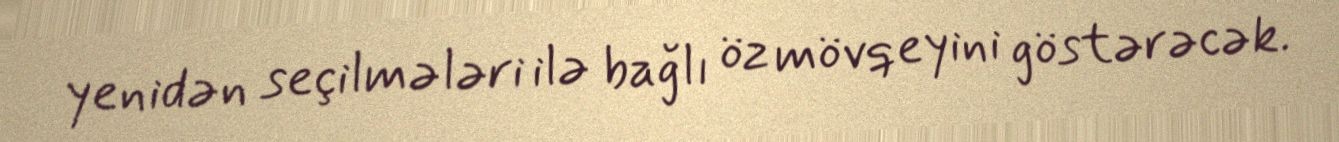
yenidən seçilmələri ilə bağlı öz mövqeyini göstərəcək.